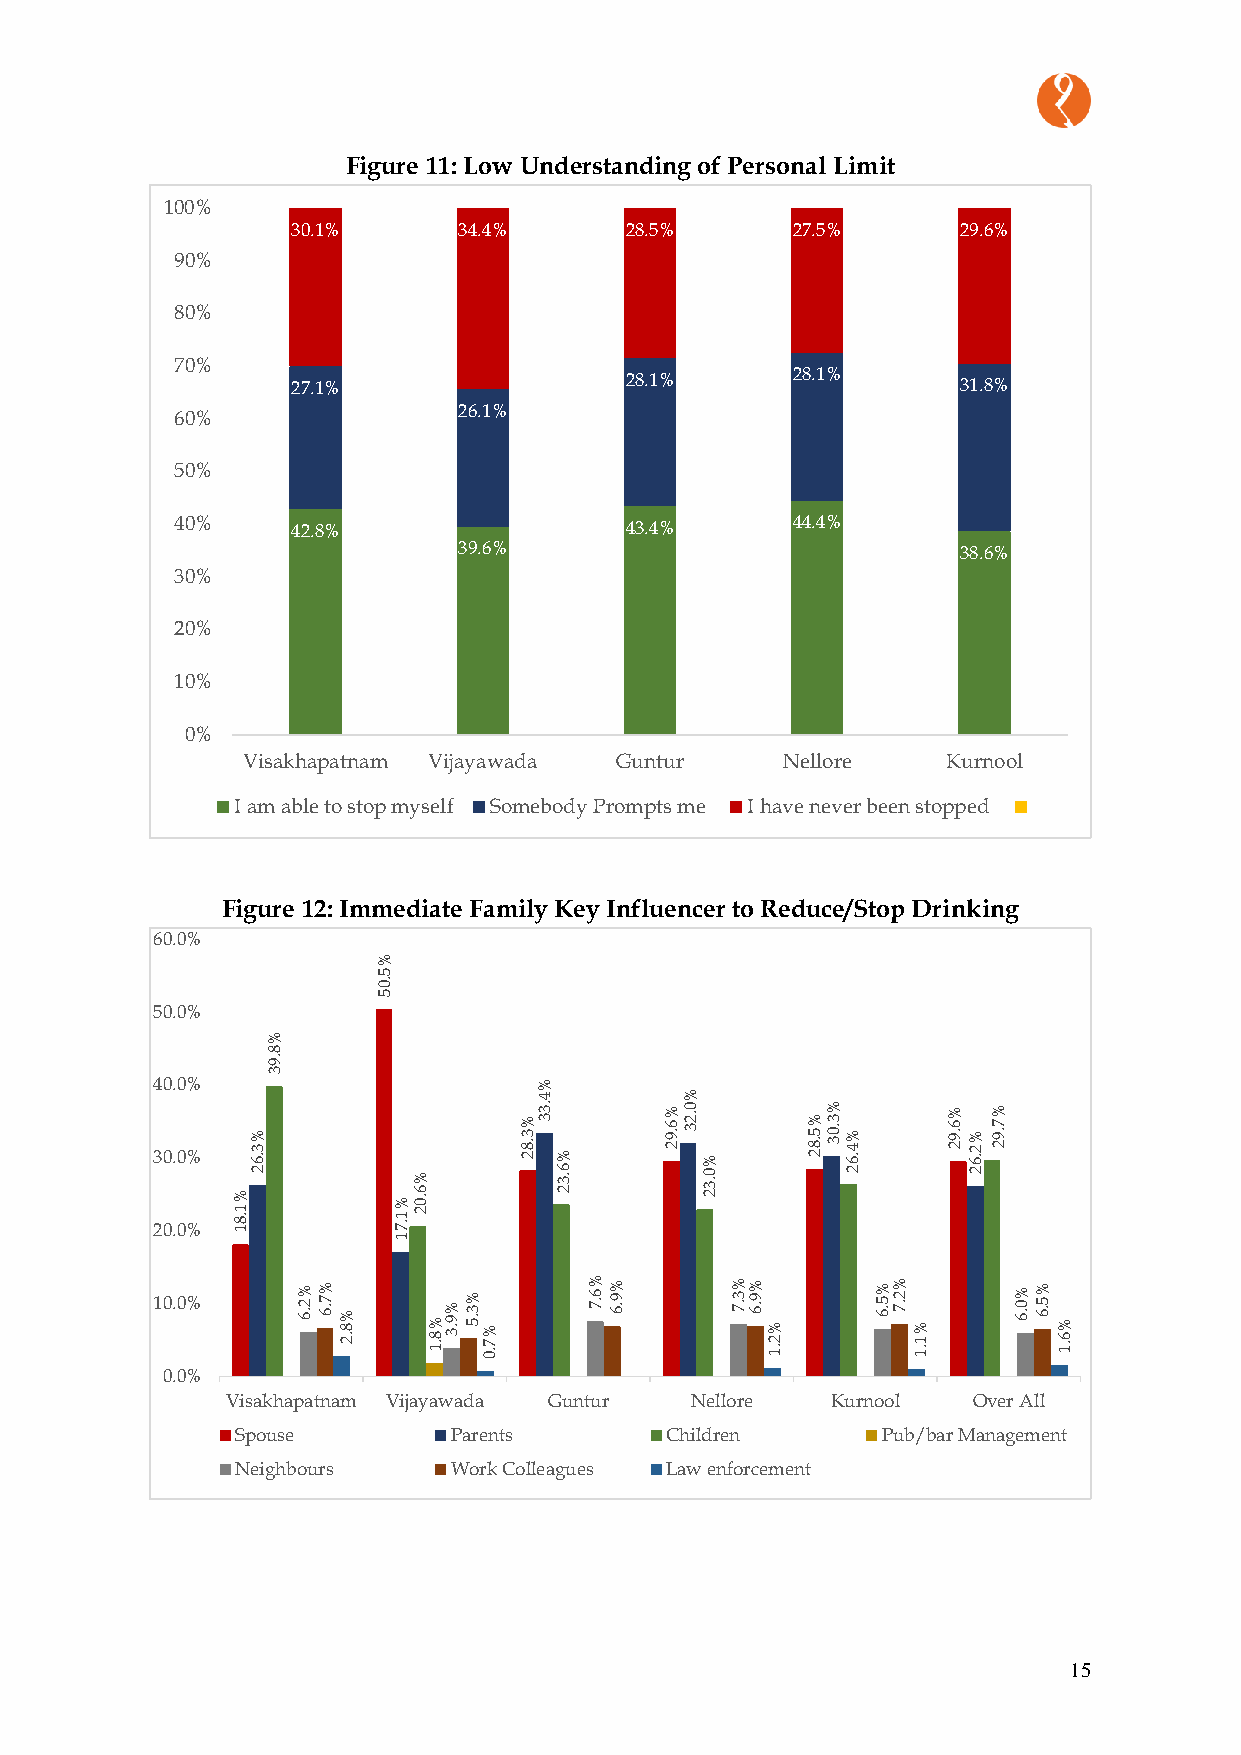
Figure 11: Low Understanding of Personal Limit
 100%
 30.1%      34.4%      28.5%      27.5%       29.6%
 90%
 80%
 70%
 27.1%                 28.1%      28.1%       31.8%
 26.1%
 60%
 50%
 40%    42.8%                 43.4%      44.4%
 39.6%                             38.6%
 30%
 20%
 10%
 0%
 Visakhapatnam Vijayawada Guntur     Nellore    Kurnool
 I am able to stop myself Somebody Prompts me I have never been stopped
 Figure 12: Immediate Family Key Influencer to Reduce/Stop Drinking
 60.0%
 %
 5
 .0
 5
 50.0%
 %
 8
 .9
 3
 40.0%                     %
 4        %
 23 00 .. 00 %%
 %
 1 .8
 1% 3 .6
 2
 %
 1
 .7%
 6 .0
 2
 % 3 .8 2.3 3 %
 6 .3
 2
 % 6 .9 20 .2 3 %
 0 .3
 2
 % 5 .8 2% 3 .0 3% 4 .6
 2
 % 6 .9 2% 2 .6
 2
 % 7 .9 2
 1
 10.0%     % 2 .6% 7 .6%
 8 .2  % 8
 .1%
 9
 .3% 3
 .5 % 7 .0
 % 6 .7% 9 .6 % 3 .7% 9 .6
 % 2 .1
 % 5 .6% 2 .7
 % 1 .1
 % 0 .6% 5 .6
 % 6 .1
 0.0%
 Visakhapatnam Vijayawada Guntur Nellore Kurnool  Over All
 Spouse        Parents       Children      Pub/bar Management
 Neighbours    Work Colleagues Law enforcement
 15